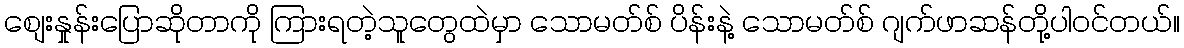
စျေးနှုန်းပြောဆိုတာကို ကြားရတဲ့သူတွေထဲမှာ သောမတ်စ် ပိန်းနဲ့ သောမတ်စ် ဂျက်ဖာဆန်တို့ပါဝင်တယ်။